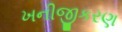
ખનીજીકરણ